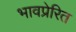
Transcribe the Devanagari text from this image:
भावप्रेरित